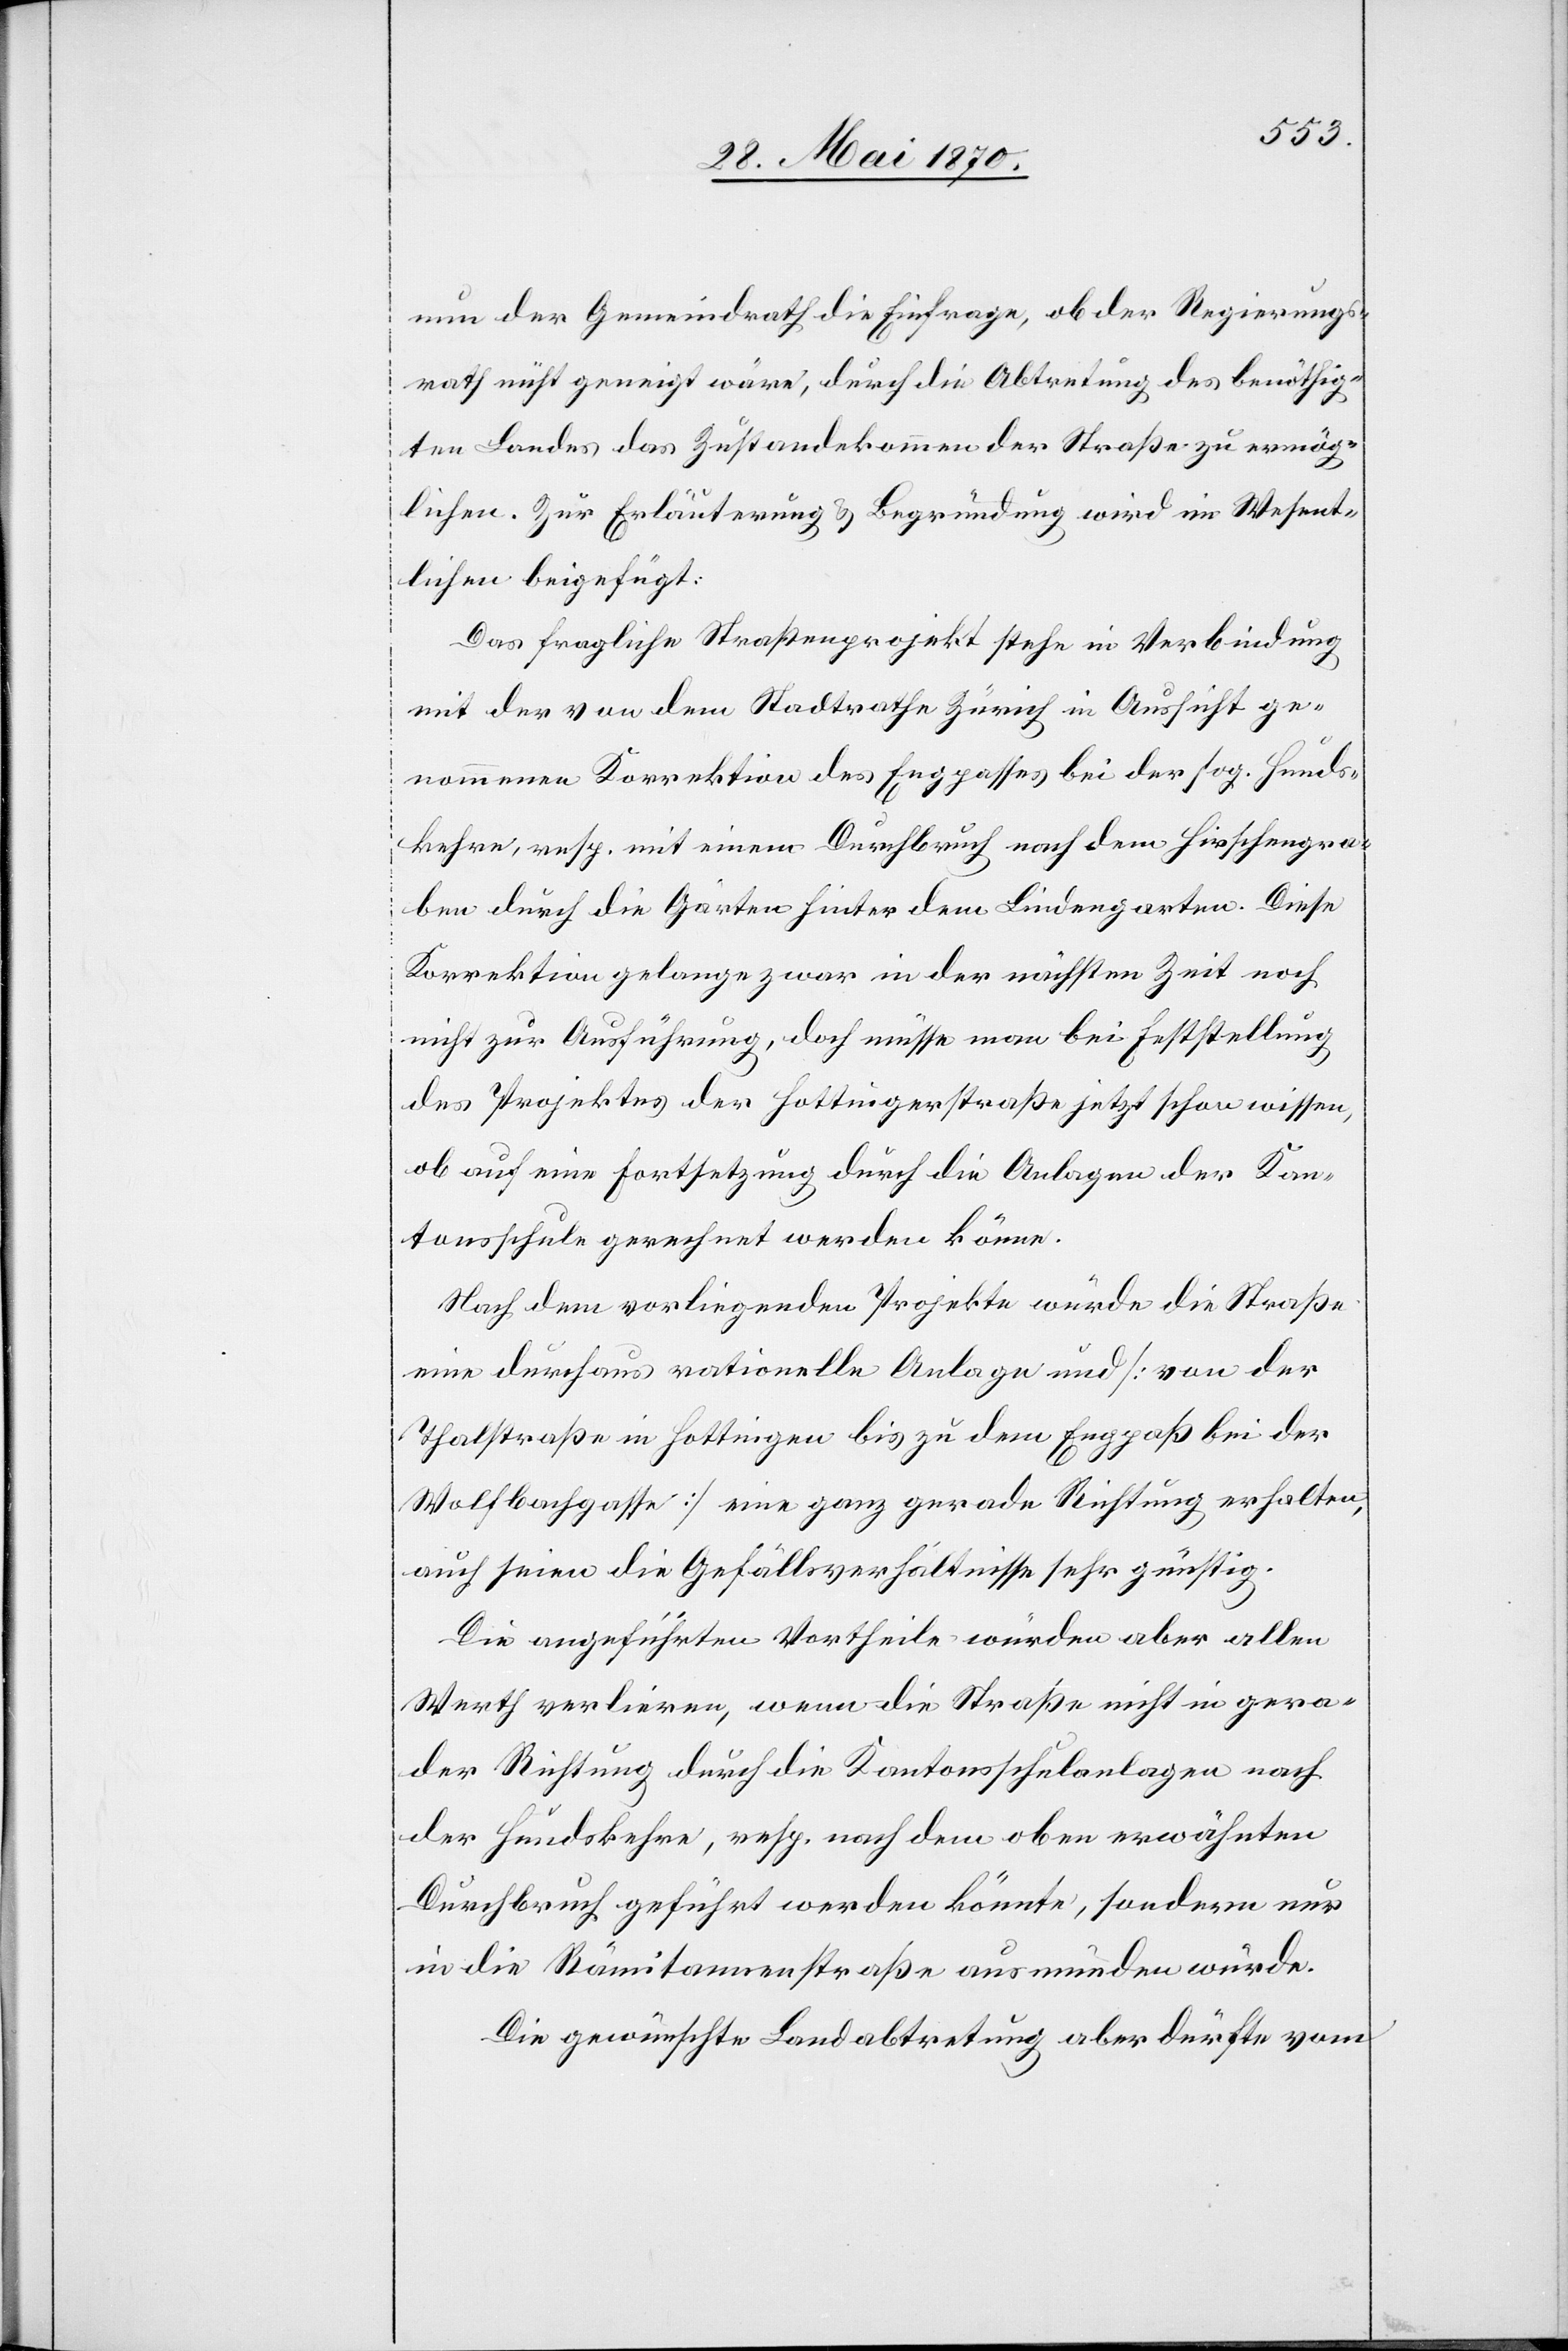
nun der Gemeindrath die Einfrage, ob der Regierungs¬
rath nicht geneigt wäre, durch die Abtretung des benöthig¬
ten Landes das Zustandekommen der Straße zu ermög¬
lichen. Zur Erläuterung & Begründung wird im Wesent¬
lichen beigefügt:
Das fragliche Straßenprojekt stehe in Verbindung
mit der von dem Stadtrathe Zürich in Aussicht ge¬
nommenen Korrektion des Engpasses bei der sog. Hunds¬
kehre, resp. mit einem Durchbruch nach dem Hirschengra¬
ben durch die Gärten hinter dem Lindengarten. Diese
Korrektion gelange zwar in der nächsten Zeit noch
nicht zur Ausführung, doch müsse man bei Feststellung
des Projektes der Hottingerstraße jetzt schon wissen,
ob auf eine Fortsetzung durch die Anlagen der Kan¬
tonsschule gerechnet werden könne.
Nach dem vorliegenden Projekte würde die Straße
eine durchaus rationelle Anlage und [von der
Thalstraße in Hottingen bis zu dem Engpaß bei der
Wolfbachgasse] eine ganz gerade Richtung erhalten,
auch seien die Gefällsverhältnisse sehr günstig.
Die angeführten Vortheile würden aber allen
Werth verlieren, wenn die Straße nicht in gera¬
der Richtung durch die Kantonsschulanlagen nach
der Hundskehre, resp. nach dem oben erwähnten
Durchbruch geführt werden könnte, sondern nur
in die Rämitannenstraße ausmünden würde.
Die gewünschte Landabtretung aber dürfte vom